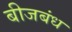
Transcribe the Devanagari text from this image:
बीजबंध